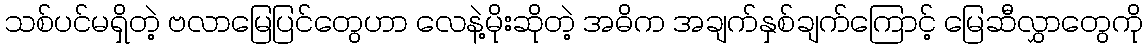
သစ်ပင်မရှိတဲ့ ဗလာမြေပြင်တွေဟာ လေနဲ့မိုးဆိုတဲ့ အဓိက အချက်နှစ်ချက်ကြောင့် မြေဆီလွှာတွေကို